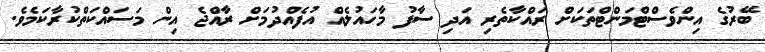
ބޭރުގެ އިންވެސްޓްމަންޓްތަކަށް ރައްކާތެރި އަދި ސާފު މާހައުލެއް އުފެއްދުމަށް ރާއްޖެ އިން މަސައްކަތްކުރާކަމެވެ.